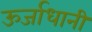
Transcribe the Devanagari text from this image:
ऊर्जाधानी